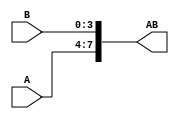
`timescale 1ns / 1ps
//////////////////////////////////////////////////////////////////////////////////
// Company: 
// Engineer: 
// 
// Design Name: 
// Module Name: part2_concat
// Project Name: 
// Target Devices: 
// Tool Versions: 
// Description: 
// 
// Dependencies: 
// 
// Revision:
// Revision 0.01 - File Created
// Additional Comments:
// 
//////////////////////////////////////////////////////////////////////////////////


module part2_concat(
    input [3:0] A,B,
    output [7:0] AB
    );
assign AB = {A,B};
endmodule